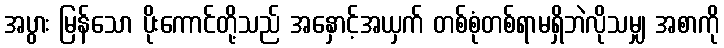
အပွား မြန်သော ပိုးကောင်တို့သည် အနှောင့်အယှက် တစ်စုံတစ်ရာမရှိဘဲလိုသမျှ အစာကို